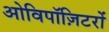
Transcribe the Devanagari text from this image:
ओविपॉज़िटरों